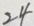
2 4